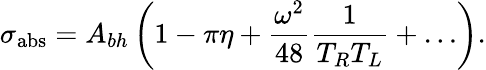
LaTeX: \sigma_{\mathrm{abs}}=A_{bh}\left(1-\pi\eta+{\frac{\omega^{2}}{48}}{\frac{1}{T_{R}T_{L}}}+\dots\right).